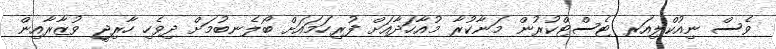
ވެސް ނިއުކްލިއަރ ޓެސްޓްކުރުން މަނާކުރާ މުއާހަދާއަށް ފުރިހަމައަށް ބޯލެނބުމަށް ދިވެހި ހާރިޖީ ވުޒާރާއިން